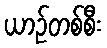
ယာဉ်တစ်စီး